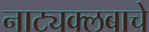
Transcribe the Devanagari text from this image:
नाट्यक्लबाचे